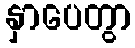
နှာပေတွာ